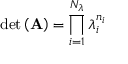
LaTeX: \operatorname* { d e t } \left( \mathbf { A } \right) = \prod _ { i = 1 } ^ { N _ { \lambda } } { \lambda _ { i } ^ { n _ { i } } }